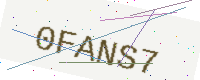
Text: 0FANS7